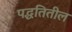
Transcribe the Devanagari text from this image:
पद्धतितील